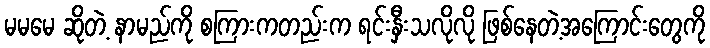
မမမေ ဆိုတဲ့ နာမည်ကို စကြားကတည်းက ရင်းနှီးသလိုလို ဖြစ်နေတဲ့အကြောင်းတွေကို